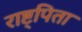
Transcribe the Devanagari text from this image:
राष्ट्पिता